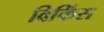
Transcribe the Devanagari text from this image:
विकिंस